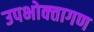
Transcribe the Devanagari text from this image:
उपभोक्‍तागण